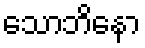
သောဘိနော